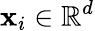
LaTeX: \mathbf x_{i}\in\mathbb R^{d}